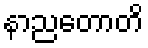
နာညတောတိ